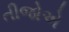
તીજોએ